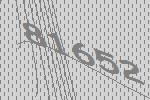
81652